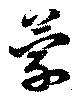
蒙